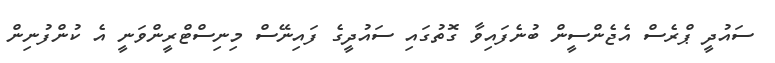
ސައުދީ ޕްރެސް އެޖެންސީން ބުނެފައިވާ ގޮތުގައި ސައުދީގެ ފައިނޭސް މިނިސްޓްރީންވަނީ އެ ކުންފުނިން